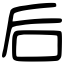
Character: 后